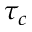
\tau _ { c }